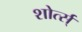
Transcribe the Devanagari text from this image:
शोर्त्स्